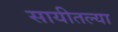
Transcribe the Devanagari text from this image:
सायीतल्या